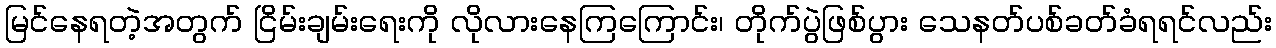
မြင်နေရတဲ့အတွက် ငြိမ်းချမ်းရေးကို လိုလားနေကြကြောင်း၊ တိုက်ပွဲဖြစ်ပွား သေနတ်ပစ်ခတ်ခံရရင်လည်း